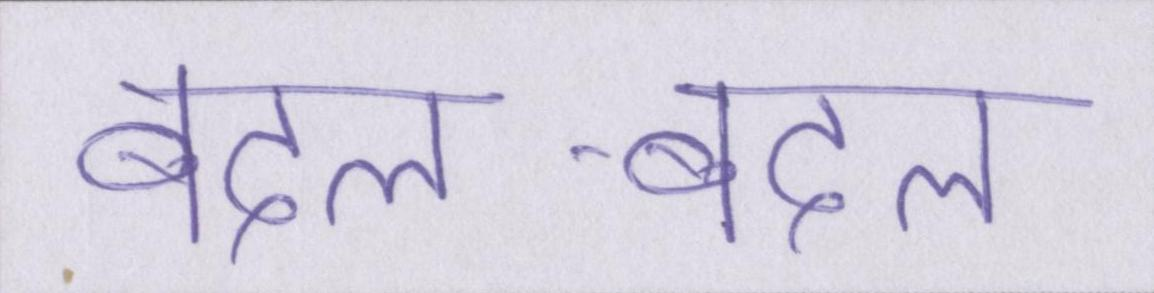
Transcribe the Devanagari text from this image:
बदल-बदल